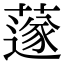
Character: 𦼯